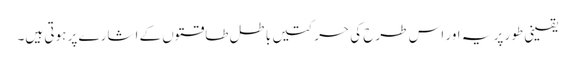
یقینی طور پر یہ اور اس طرح کی حرکتیں باطل طاقتوں کے اشارے پر ہوتی ہیں۔